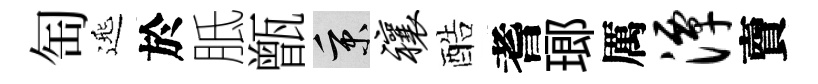
匋𨓱於胝甑秉禳酷耆瑯厲潭𧶠